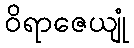
ဝိရာဇေယျုံ